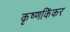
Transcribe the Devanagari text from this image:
कृष्णकिंकर